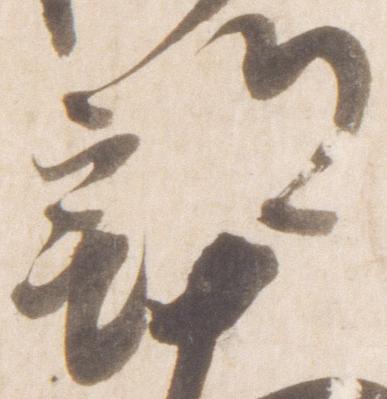
部